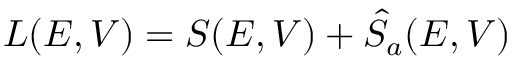
L ( E , V ) = S ( E , V ) + \hat { S } _ { a } ( E , V )